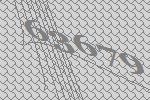
63679